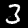
Digit: 3